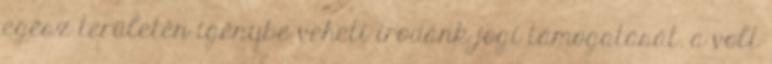
egész területén igénybe veheti irodánk jogi támogatását. a volt